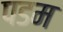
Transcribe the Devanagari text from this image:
पडम